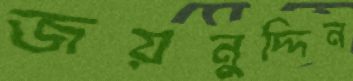
জয়নুদ্দিন